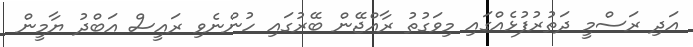
އަދި ރަސްމީ ދަތުރުފުޅެއްގައި މިވަގުތު ރާއްޖޭން ބޭރުގައި ހުންނެވި ރައީސް އަބްދު ޔާމީން